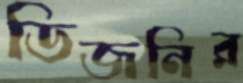
ডিজনির